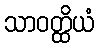
သာဝတ္ထိယံ